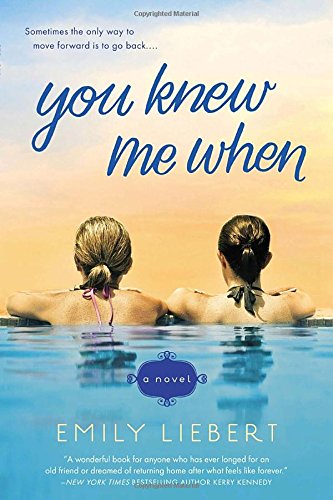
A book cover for You Knew Me When; Emily Liebert; Literature & Fiction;